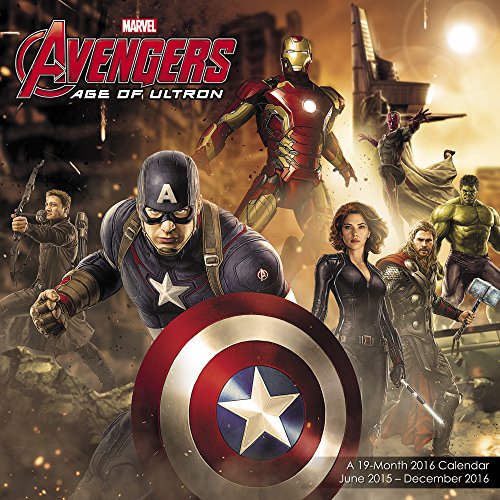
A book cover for Avengers: Age of Ultron Wall Calendar 19 Month (2016); Day Dream; Calendars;